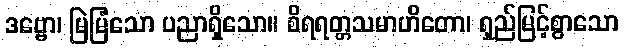
ဒဗ္ဗော၊ မြဲမြံသော ပညာရှိသော။ စိရရတ္တသမာဟိတော၊ ရှည်မြင့်စွာသော